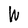
Character: W